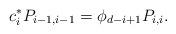
LaTeX: \begin{align*}c^*_i P_{i-1, i-1} = \phi_{d-i+1} P_{i,i}.\end{align*}